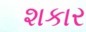
શકાર